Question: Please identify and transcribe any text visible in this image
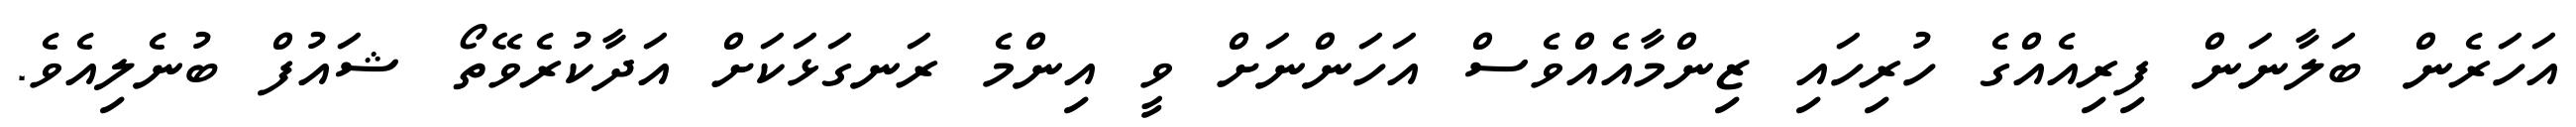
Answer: އަހަރެން ބަލާނަން ފިރިއެއްގެ ހުރިހައި ޒިންމާއެއްވެސް އަހަންނަށް ވީ އިންމެ ރަނގަޅަކަށް އަދާކުރެވޭތޯ ޝައުފް ބުނެލިއެވެ.